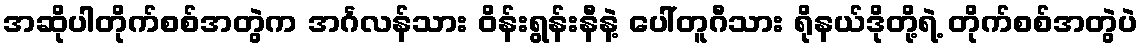
အဆိုပါတိုက်စစ်အတွဲက အင်္ဂလန်သား ဝိန်းရွန်းနီနဲ့ ပေါ်တူဂီသား ရိုနယ်ဒိုတို့ရဲ့ တိုက်စစ်အတွဲပဲ